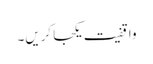
واقفیت یکجا کریں۔